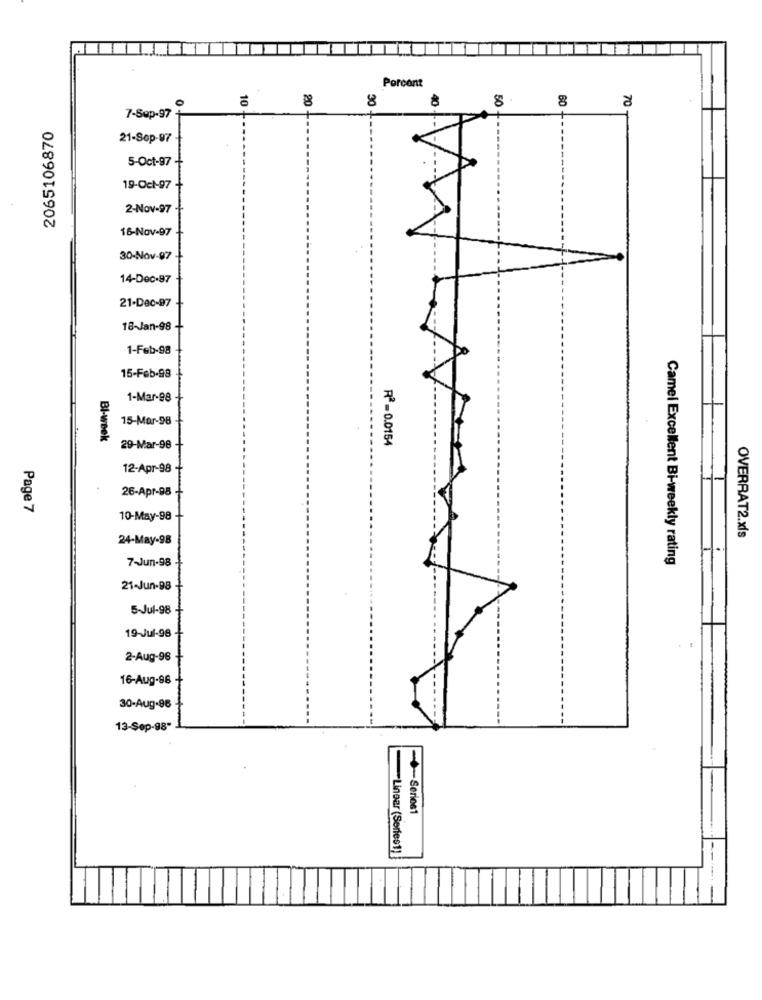
Porcont
8
40
8.
60
7-Sep-97+
10
20 -
70
2065106870
21-Sop-97
5-Oct-97
19-Oct-97
2-Nov-97
16-Nov-97
30-Nov-97
14-Dec-97
21-Dec-97
18-Jan-98
1-Feb-98
15-Feb-98
1-Mar-98
15-Mar-98
Bl-week
R2-0.0154
29-Mar-98
12-Apr-98
26-Apr-98
Page 7
10-May-98
24-May-98
OVERRAT2.xls
7-Jun-98
Camel Excellent Bi-weekly rating
21-Jun-98
5-Jul-98
19-Jul-98
2-Aug-96
16-Aug-88
30-Aug-96
13-Sep-98"
Series1
Lingar (Series1)